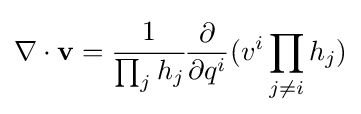
\nabla \cdot \mathbf {v} ={\cfrac {1}{\prod _{j}h_{j}}}{\frac {\partial }{\partial q^{i}}}(v^{i}\prod _{j\neq i}h_{j})